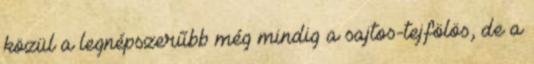
közül a legnépszerűbb még mindig a sajtos-tejfölös, de a